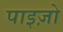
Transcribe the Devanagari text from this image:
पाइज़ो